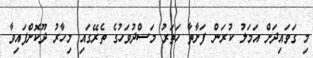
މި ގަވައިދަށް އަމަލު ކުރަން ފަށާތާ ހަތަރު މަސްދުވަހުގެ ތެރޭގައި މިހާރު ދޫކޮށްފައިވާ